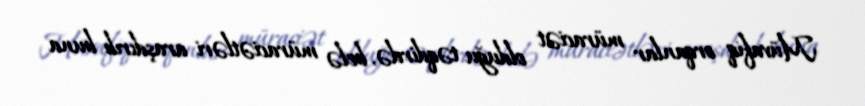
Müvafiq orqanlar müraciət olduğu təqdirdə, belə müraciətləri araşdırıb buna